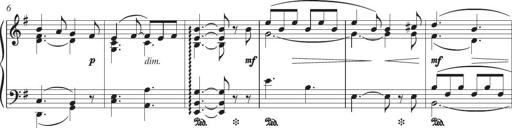
Title: Piano Sonatina in G major
Composer: Johan Peter Emilius Hartmann
Key: G major